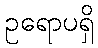
ဥရောပရှိ